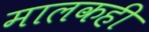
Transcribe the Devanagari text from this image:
मालकही